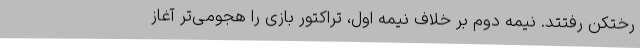
رختکن رفتتد. نیمه دوم بر خلاف نیمه اول، تراکتور بازی را هجومی‌تر آغاز